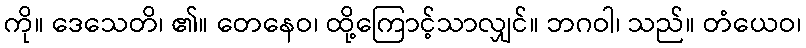
ကို။ ဒေသေတိ၊ ၏။ တေနေဝ၊ ထို့ကြောင့်သာလျှင်။ ဘဂဝါ၊ သည်။ တံယေဝ၊